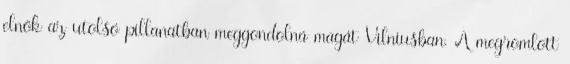
elnök az utolsó pillanatban meggondolná magát Vilniusban. A megromlott